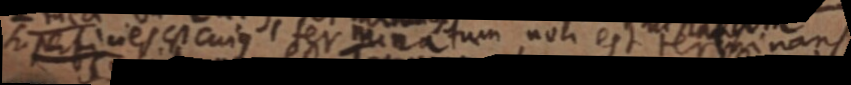
superficies est cuius terminatum non est terminans